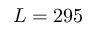
L = 2 9 5